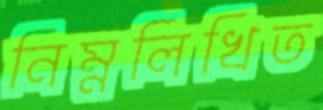
নিম্নলিখিত